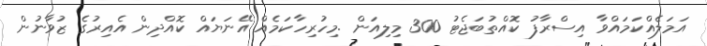
އަމަލެއްކަމައްވާ އިސްރާފު ކޮއްތުބަޖެޓު 300 މިލިއަން .މިހުރިހާކަމެއް އޭނަޔައް ކޮއްދިން އެއިރުގެ ޒުވާނުން